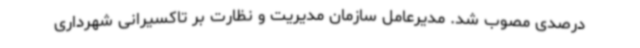
درصدی مصوب شد. مدیرعامل سازمان مدیریت و نظارت بر تاکسیرانی شهرداری